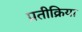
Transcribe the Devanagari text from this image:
प्रतीक्रिया